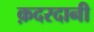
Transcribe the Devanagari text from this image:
क़दरदानी